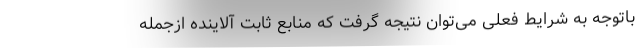
باتوجه به شرایط فعلی می‌توان نتیجه گرفت که منابع ثابت آلاینده ازجمله